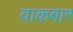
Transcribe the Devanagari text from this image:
वाकबार